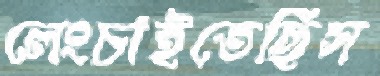
লেংচাইতেছিস